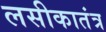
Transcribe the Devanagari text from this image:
लसीकातंत्र